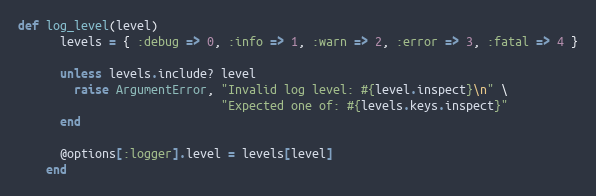
Language: Ruby
def log_level(level)
      levels = { :debug => 0, :info => 1, :warn => 2, :error => 3, :fatal => 4 }

      unless levels.include? level
        raise ArgumentError, "Invalid log level: #{level.inspect}\n" \
                             "Expected one of: #{levels.keys.inspect}"
      end

      @options[:logger].level = levels[level]
    end